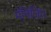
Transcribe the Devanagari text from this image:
मॅनिजिंग